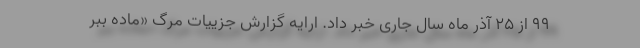
۹۹ از ۲۵ آذر ماه سال جاری خبر داد. ارایه گزارش جزییات مرگ «ماده ببر